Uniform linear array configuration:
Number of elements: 16
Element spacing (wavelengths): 0.5
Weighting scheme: hamming
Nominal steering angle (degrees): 15
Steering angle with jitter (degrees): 15.728
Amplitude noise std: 0.05
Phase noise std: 0.05

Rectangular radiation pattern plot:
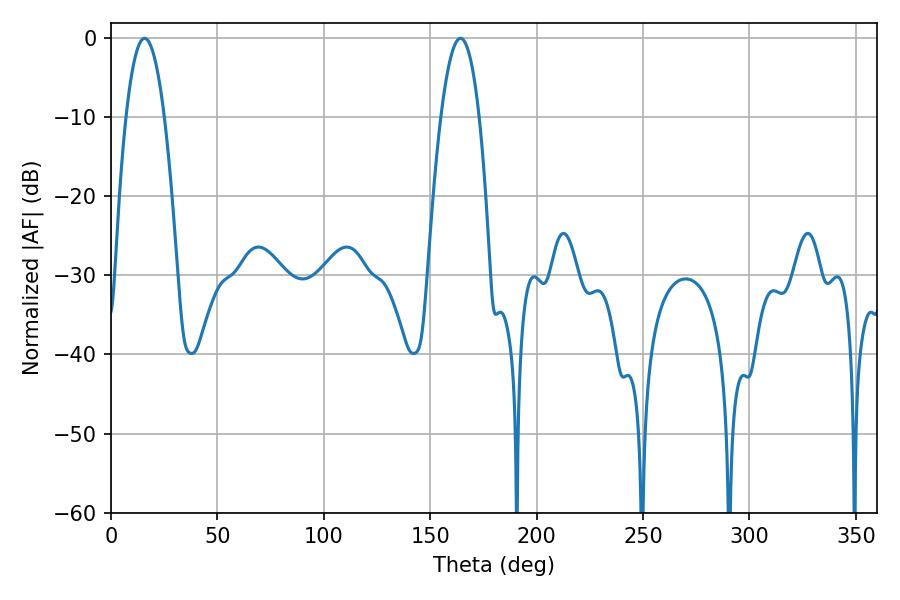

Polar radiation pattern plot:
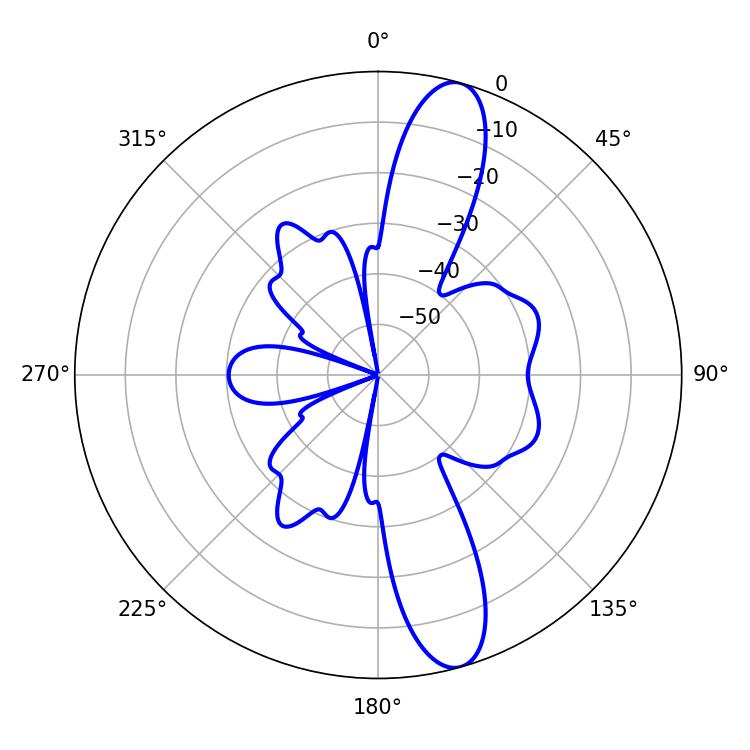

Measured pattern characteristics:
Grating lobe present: FALSE
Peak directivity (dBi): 12.902
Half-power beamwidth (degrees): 10.08
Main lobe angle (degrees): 15.84